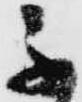
不